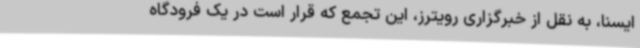
ایسنا، به نقل از خبرگزاری رویترز، این تجمع که قرار است در یک فرودگاه